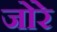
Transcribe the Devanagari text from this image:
जोरे